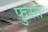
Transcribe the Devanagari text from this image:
फुरत